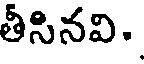
తీసినవి.